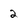
Character: 2